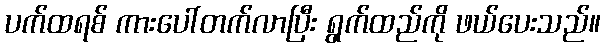
ပက်ထရစ် ကားပေါ်တက်လာပြီး ရွက်ထည်ကို ဖယ်ပေးသည်။